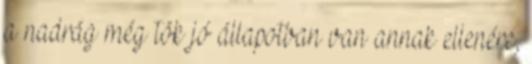
a nadrág még tök jó állapotban van annak ellenére,